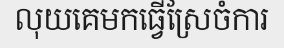
លុយគេមកធ្វើស្រែចំការ